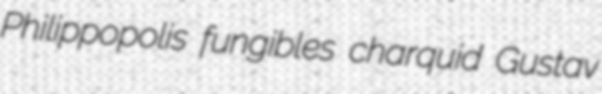
Philippopolis fungibles charquid Gustav